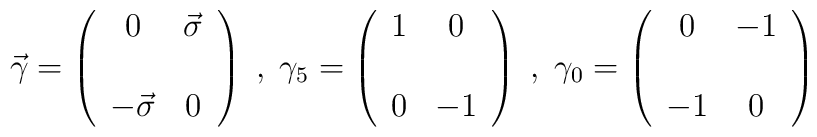
\vec{\gamma}=\left(\begin{array}{cc}0&\vec{\sigma} \\ \\-\vec{\sigma}&0 \end{array}\right)\; ,\;\gamma_5=\left(\begin{array}{cc}1&0 \\ \\ 0&-1\end{array} \right) \; ,\;\gamma_0= \left(\begin{array}{cc}0&-1 \\ \\ -1&0 \end{array} \right)